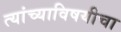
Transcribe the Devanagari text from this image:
त्यांच्याविषयीचा